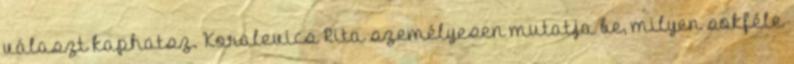
választ kaphatsz. Koralevics Rita személyesen mutatja be, milyen sokféle